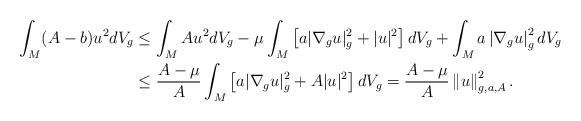
LaTeX: \begin{align*}\int_{M}(A-b)u^{2}dV_{g} & \leq\int_{M}Au^{2}dV_{g}-\mu\int_{M}\left[a|\nabla_{g}u|_{g}^{2}+|u|^{2}\right] dV_{g}+\int_{M}a\left\vert \nabla_{g}u\right\vert _{g}^{2}dV_{g}\\& \leq\frac{A-\mu}{A}\int_{M}\left[ a|\nabla_{g}u|_{g}^{2}+A|u|^{2}\right]dV_{g}=\frac{A-\mu}{A}\left\Vert u\right\Vert _{g,a,A}^{2}.\end{align*}